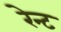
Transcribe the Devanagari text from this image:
रेन्ट